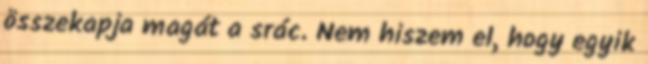
összekapja magát a srác. Nem hiszem el, hogy egyik